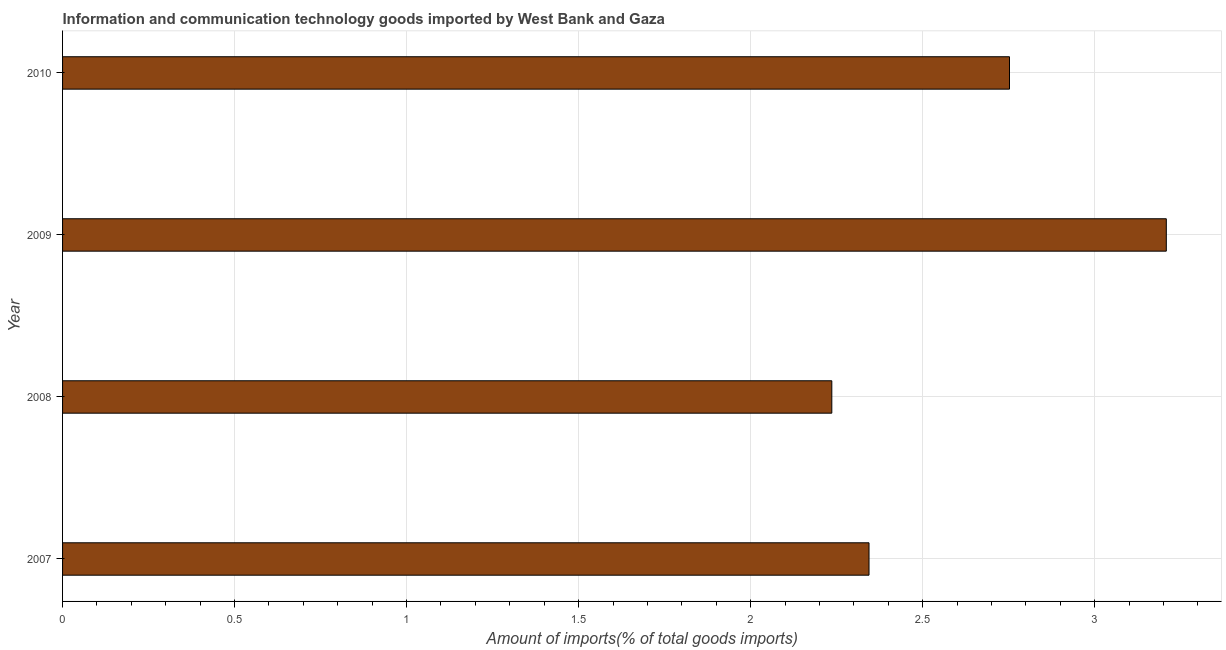
| Year | ICT goods imports |
 | --- | --- |
 | 2007 | 2.34 |
 | 2008 | 2.24 |
 | 2009 | 3.21 |
 | 2010 | 2.75 |